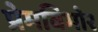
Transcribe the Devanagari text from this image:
प्रेमविभोर